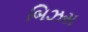
બિઝસ